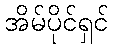
အိမ်ပိုင်ရှင်